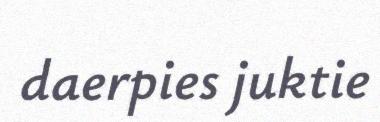
daerpies juktie